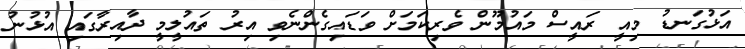
އަޅުގަނޑު މިއީ ރައީސް މައުމޫން ވެރިކަމަށް ވަޑައިގެންނެވި އިރު ތައުލީމީ ދާއިރާގައި އުޅުނު